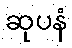
ဆုပနံ